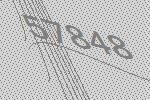
57848